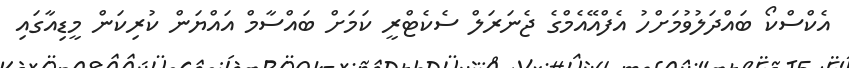
އެކްސްކޯ ބައްދަލުވުމަށްހު އެފްއޭއެމްގެ ޖެނަރަލް ސެކެޓްރީ ކަމަށް ބައްސާމް އައްޔަން ކުރިކަން މީޑިއާގައި